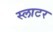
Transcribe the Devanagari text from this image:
स्लाटर